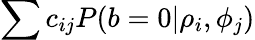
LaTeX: \sum c_{ij}P(b=0|\rho_{i},\phi_{j})